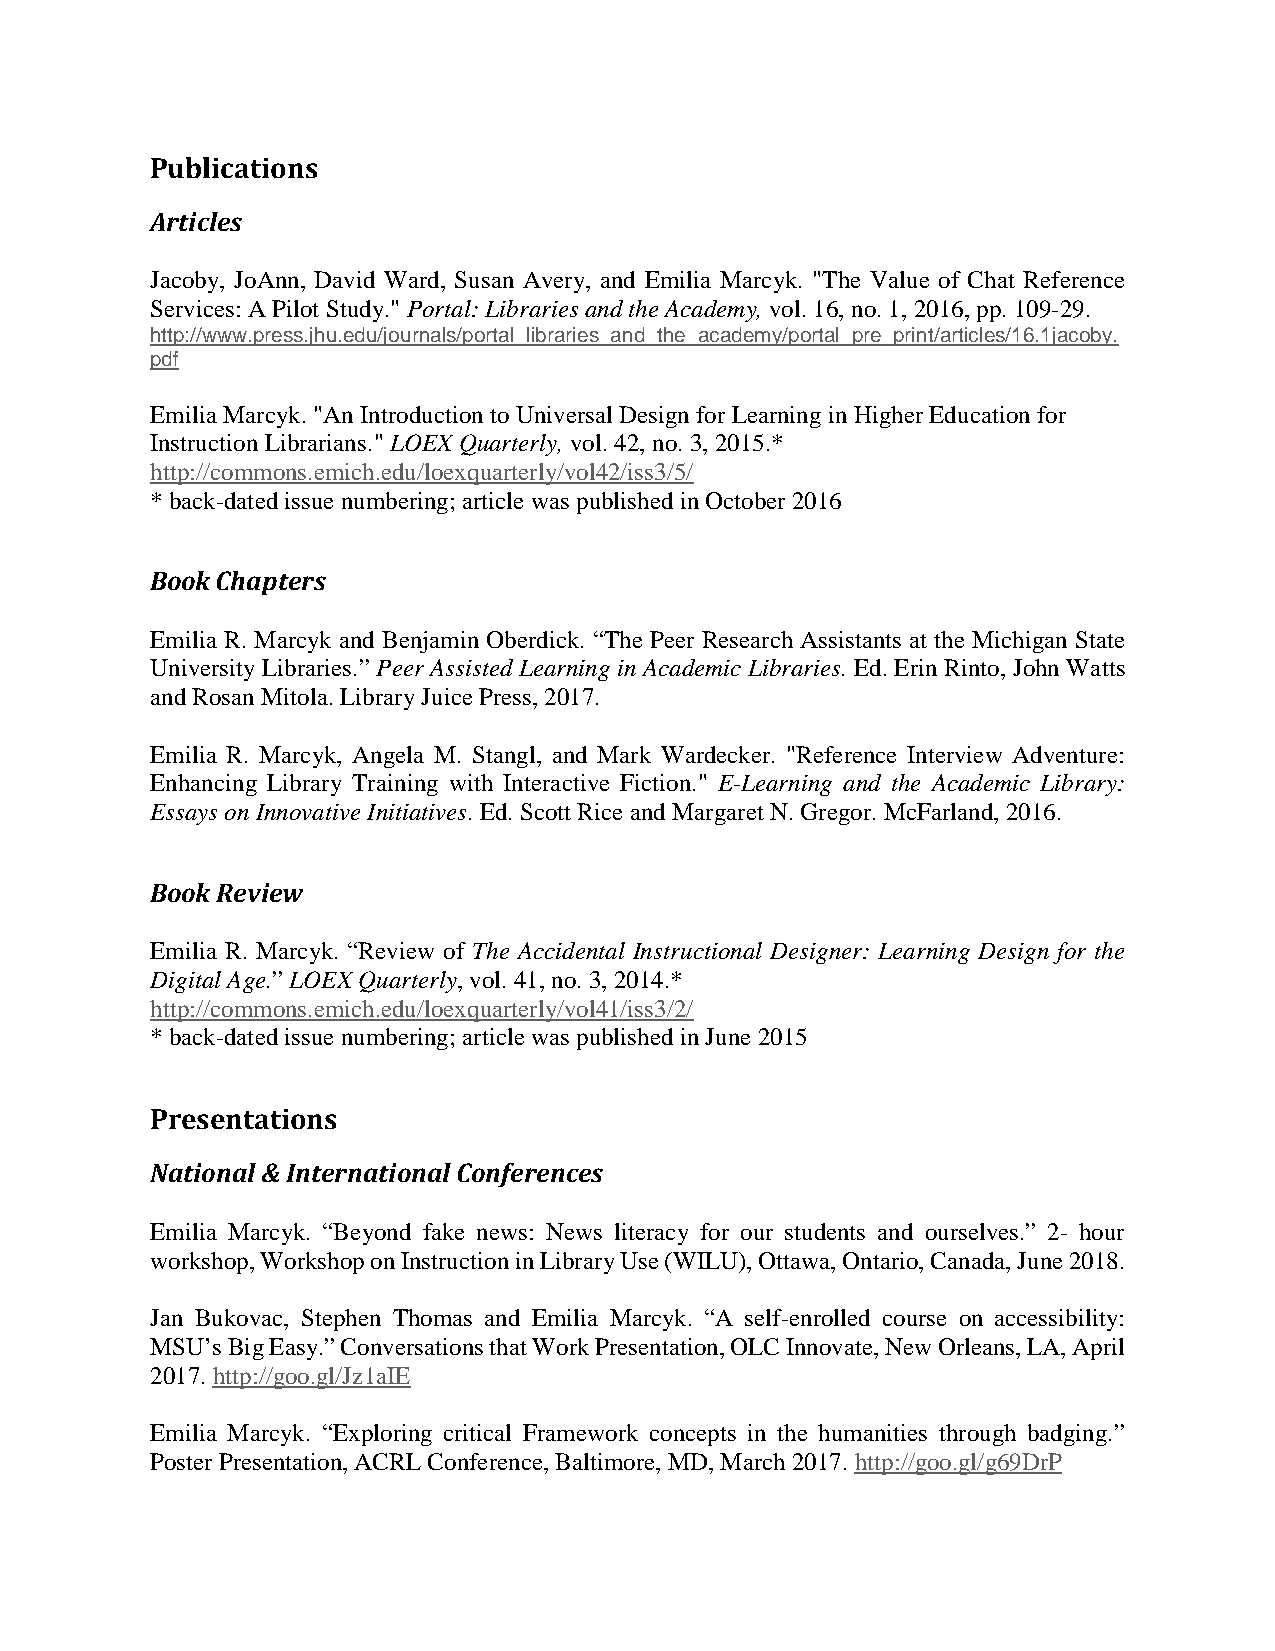
Publications
 Articles
 Jacoby, JoAnn, David Ward, Susan Avery, and Emilia Marcyk. "The Value of Chat Reference
 Services: A Pilot Study." Portal: Libraries and the Academy, vol. 16, no. 1, 2016, pp. 109-29.
 http://www.press.jhu.edu/journals/portal_libraries_and_the_academy/portal_pre_print/articles/16.1jacoby.
 pdf
 Emilia Marcyk. "An Introduction to Universal Design for Learning in Higher Education for
 Instruction Librarians." LOEX Quarterly, vol. 42, no. 3, 2015.*
 http://commons.emich.edu/loexquarterly/vol42/iss3/5/
 * back-dated issue numbering; article was published in October 2016
 Book Chapters
 Emilia R. Marcyk and Benjamin Oberdick. “The Peer Research Assistants at the Michigan State
 University Libraries.” Peer Assisted Learning in Academic Libraries. Ed. Erin Rinto, John Watts
 and Rosan Mitola. Library Juice Press, 2017.
 Emilia R. Marcyk, Angela M. Stangl, and Mark Wardecker. "Reference Interview Adventure:
 Enhancing Library Training with Interactive Fiction." E-Learning and the Academic Library:
 Essays on Innovative Initiatives. Ed. Scott Rice and Margaret N. Gregor. McFarland, 2016.
 Book Review
 Emilia R. Marcyk. “Review of The Accidental Instructional Designer: Learning Design for the
 Digital Age.” LOEX Quarterly, vol. 41, no. 3, 2014.*
 http://commons.emich.edu/loexquarterly/vol41/iss3/2/
 * back-dated issue numbering; article was published in June 2015
 Presentations
 National & International Conferences
 Emilia Marcyk. “Beyond fake news: News literacy for our students and ourselves.” 2- hour
 workshop, Workshop on Instruction in Library Use (WILU), Ottawa, Ontario, Canada, June 2018.
 Jan Bukovac, Stephen Thomas and Emilia Marcyk. “A self-enrolled course on accessibility:
 MSU’s Big Easy.” Conversations that Work Presentation, OLC Innovate, New Orleans, LA, April
 2017. http://goo.gl/Jz1aIE
 Emilia Marcyk. “Exploring critical Framework concepts in the humanities through badging.”
 Poster Presentation, ACRL Conference, Baltimore, MD, March 2017. http://goo.gl/g69DrP